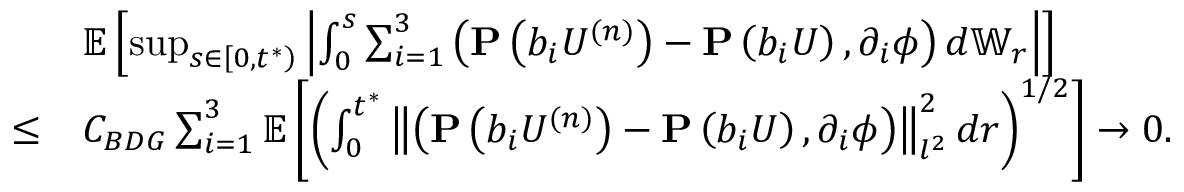
\begin{array} { r l } & { \mathbb { E } \left[ \operatorname* { s u p } _ { s \in \left[ 0 , t ^ { * } \right) } \left| \int _ { 0 } ^ { s } \sum _ { i = 1 } ^ { 3 } \left( \mathbf { P } \left( b _ { i } U ^ { ( n ) } \right) - \mathbf { P } \left( b _ { i } U \right) , \partial _ { i } \phi \right) d \mathbb { W } _ { r } \right| \right] } \\ { \leq } & { C _ { B D G } \sum _ { i = 1 } ^ { 3 } \mathbb { E } \left[ \left( \int _ { 0 } ^ { t ^ { * } } \left\| \left( \mathbf { P } \left( b _ { i } U ^ { ( n ) } \right) - \mathbf { P } \left( b _ { i } U \right) , \partial _ { i } \phi \right) \right\| _ { l ^ { 2 } } ^ { 2 } d r \right) ^ { 1 / 2 } \right] \to 0 . } \end{array}